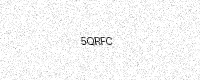
Text: 5QRFC